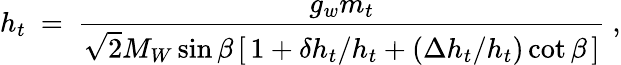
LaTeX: h_{t}\ =\ \frac{g_{w}m_{t}}{\sqrt{2}M_{W}\sin\beta\, [\, 1+\delta h_{t}/h_{t}+(\Delta h_{t}/h_{t})\cot\beta\, ]}\ ,